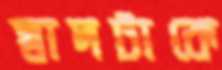
স্বাদটাকে